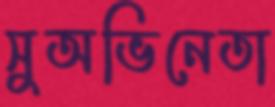
সুঅভিনেতা